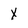
Character: x